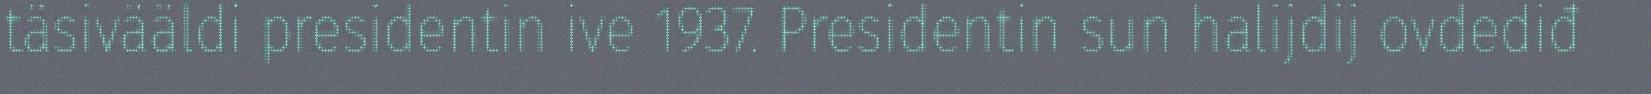
täsivääldi presidentin ive 1937. Presidentin sun halijdij ovdediđ